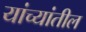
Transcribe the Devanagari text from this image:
यांच्यांतील